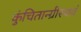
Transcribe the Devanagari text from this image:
कुंचितान्ग्रीस्थवं